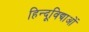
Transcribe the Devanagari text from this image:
हिन्दूविद्याओं